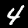
Label: 4